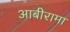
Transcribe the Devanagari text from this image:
आबीरामा